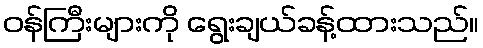
ဝန်ကြီးများကို ရွေးချယ်ခန့်ထားသည်။